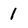
Character: 1